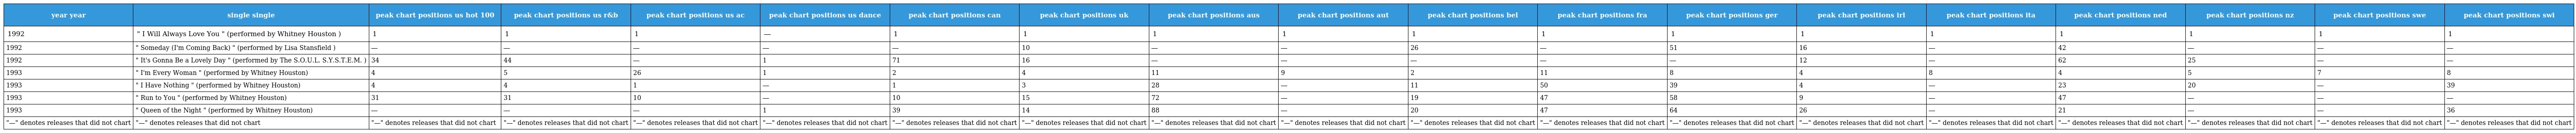
| year year | single single | peak chart positions us hot 100 | peak chart positions us r&b | peak chart positions us ac | peak chart positions us dance | peak chart positions can | peak chart positions uk | peak chart positions aus | peak chart positions aut | peak chart positions bel | peak chart positions fra | peak chart positions ger | peak chart positions irl | peak chart positions ita | peak chart positions ned | peak chart positions nz | peak chart positions swe | peak chart positions swi |
 | --- | --- | --- | --- | --- | --- | --- | --- | --- | --- | --- | --- | --- | --- | --- | --- | --- | --- | --- |
 | 1992 | " I Will Always Love You " (performed by Whitney Houston ) | 1 | 1 | 1 | ― | 1 | 1 | 1 | 1 | 1 | 1 | 1 | 1 | 1 | 1 | 1 | 1 | 1 |
 | 1992 | " Someday (I'm Coming Back) " (performed by Lisa Stansfield ) | ― | ― | ― | ― | ― | 10 | ― | ― | 26 | ― | 51 | 16 | ― | 42 | ― | ― | ― |
 | 1992 | " It's Gonna Be a Lovely Day " (performed by The S.O.U.L. S.Y.S.T.E.M. ) | 34 | 44 | ― | 1 | 71 | 16 | ― | ― | ― | ― | ― | 12 | ― | 62 | 25 | ― | ― |
 | 1993 | " I'm Every Woman " (performed by Whitney Houston) | 4 | 5 | 26 | 1 | 2 | 4 | 11 | 9 | 2 | 11 | 8 | 4 | 8 | 4 | 5 | 7 | 8 |
 | 1993 | " I Have Nothing " (performed by Whitney Houston) | 4 | 4 | 1 | ― | 1 | 3 | 28 | ― | 11 | 50 | 39 | 4 | ― | 23 | 20 | ― | 39 |
 | 1993 | " Run to You " (performed by Whitney Houston) | 31 | 31 | 10 | ― | 10 | 15 | 72 | ― | 19 | 47 | 58 | 9 | ― | 47 | ― | ― | ― |
 | 1993 | " Queen of the Night " (performed by Whitney Houston) | ― | ― | ― | 1 | 39 | 14 | 88 | ― | 20 | 47 | 64 | 26 | ― | 21 | ― | ― | 36 |
 | "—" denotes releases that did not chart | "—" denotes releases that did not chart | "—" denotes releases that did not chart | "—" denotes releases that did not chart | "—" denotes releases that did not chart | "—" denotes releases that did not chart | "—" denotes releases that did not chart | "—" denotes releases that did not chart | "—" denotes releases that did not chart | "—" denotes releases that did not chart | "—" denotes releases that did not chart | "—" denotes releases that did not chart | "—" denotes releases that did not chart | "—" denotes releases that did not chart | "—" denotes releases that did not chart | "—" denotes releases that did not chart | "—" denotes releases that did not chart | "—" denotes releases that did not chart | "—" denotes releases that did not chart |